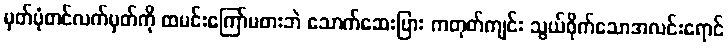
မှတ်ပုံတင်လက်မှတ်ကို ထမင်းကြော်မစားဘဲ သောက်ဆေးပြား ကတုတ်ကျင်း သွယ်ဝိုက်သောအလင်းရောင်